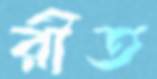
রীত